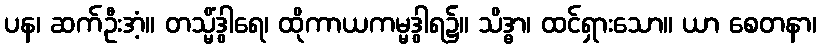
ပန၊ ဆက်ဦးအံ့။ တသ္မိံဒွါရေ၊ ထိုကာယကမ္မဒွါရ၌။ သိဒ္ဓာ၊ ထင်ရှားသော။ ယာ စေတနာ၊